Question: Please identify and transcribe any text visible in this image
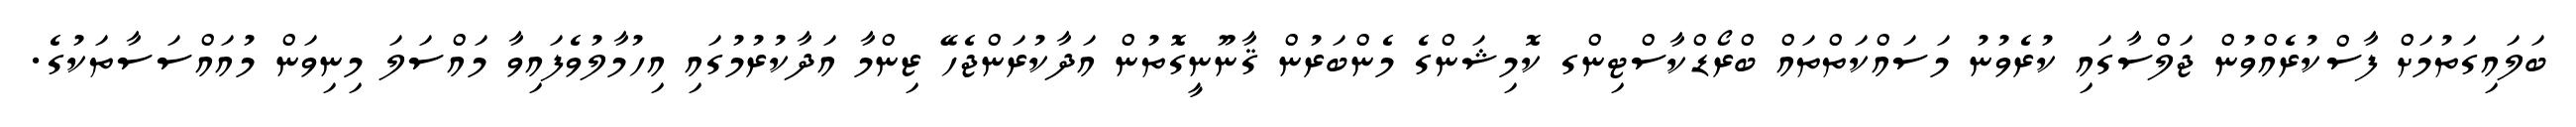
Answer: ބަލައިގަތުމަށް ފާސްކުރެއްވުން ޖަލްސާގައި ކުރެވުނު މަސައްކަތްތައް ބްރޯޑްކާސްޓިންގ ކޮމިޝަންގެ މެންބަރުން ޤާނޫނީގޮތުން އަދާކުރަންޖެހޭ ޒިންމާ އަދާކުރުމުގައި އިހުމާލުވެފައިވާ މައްސަލަ މިނިވަން މުއައްސަސާތަކުގެ.